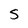
Character: 5